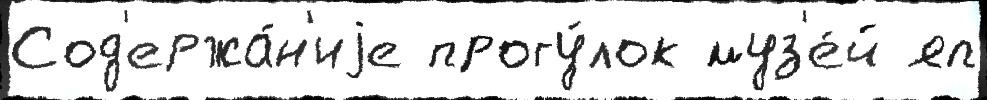
Сод'ержа́н'иjе прогу́лок муз'е́й яп